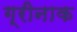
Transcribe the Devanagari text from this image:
ग्रीनाक